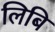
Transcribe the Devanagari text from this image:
लिबि